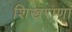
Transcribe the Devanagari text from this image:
शिखराणां